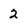
Character: 2